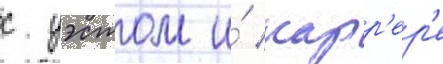
с уэстом и́ карр'ер'е